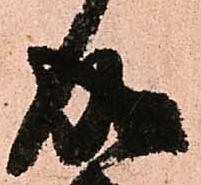
成